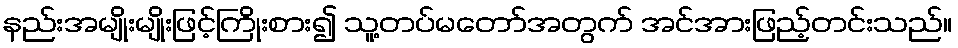
နည်းအမျိုးမျိုးဖြင့်ကြိုးစား၍ သူ့တပ်မတော်အတွက် အင်အားဖြည့်တင်းသည်။